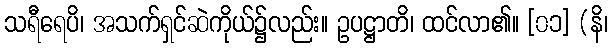
သရီရေပိ၊ အသက်ရှင်ဆဲကိုယ်၌လည်း။ ဥပဋ္ဌာတိ၊ ထင်လာ၏။ [၀၁] (နိ၊